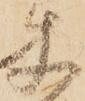
使